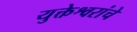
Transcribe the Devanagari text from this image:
युक्तेश्वरांचे